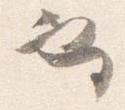
也